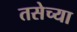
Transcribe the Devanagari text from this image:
तसेच्या